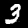
Label: 3